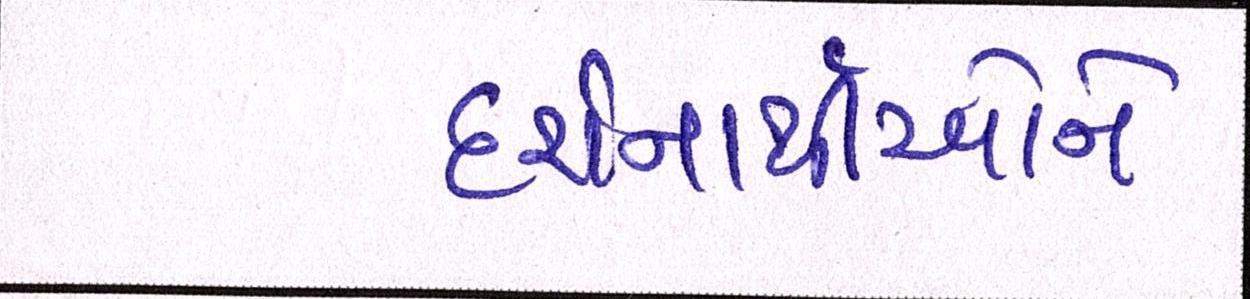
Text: દર્શનાર્થીઓને